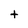
Character: t